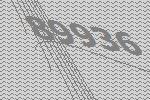
89936